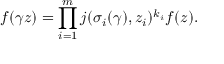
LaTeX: f ( \gamma z ) = \prod _ { i = 1 } ^ { m } j ( \sigma _ { i } ( \gamma ) , z _ { i } ) ^ { k _ { i } } f ( z ) .